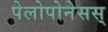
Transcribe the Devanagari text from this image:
पेलोपोनेसस्